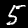
Digit: 5